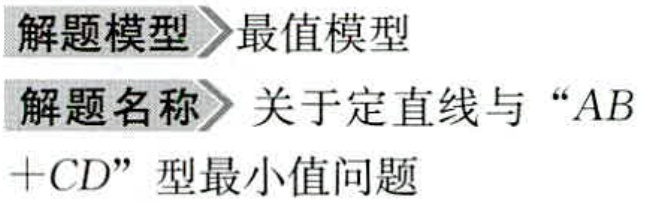
\begin{document}

解题模型\(\gg\)最值模型

解题名称\(\gg\)关于定直线与“\(AB + CD\)”型最小值问题

\end{document}